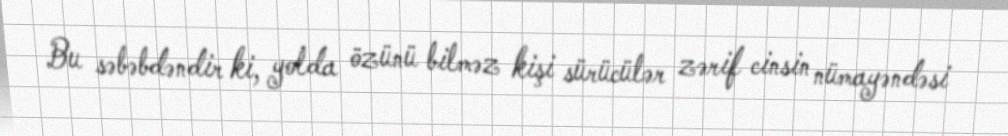
Bu səbəbdəndir ki, yolda özünü bilməz kişi sürücülər zərif cinsin nümayəndəsi